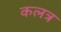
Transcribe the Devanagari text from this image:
कलत्र